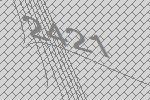
2421